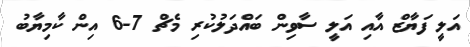
އަލީ ފަޔާޒް އާއި އަލީ ސާވިން ބައްދަލުކުރި މެޗް 7-6 އިން ކާމިޔާބު